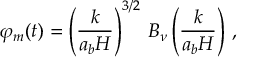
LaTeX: \varphi _ { m } ( t ) = \left( \frac { k } { a _ { b } H } \right) ^ { 3 / 2 } \, B _ { \nu } \left( \frac { k } { a _ { b } H } \right) \, ,